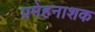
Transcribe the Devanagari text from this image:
प्रमेहनाशक